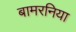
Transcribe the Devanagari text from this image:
बामरनिया